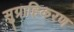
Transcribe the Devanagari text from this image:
सुग्राहिकरण